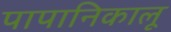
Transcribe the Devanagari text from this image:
पापानिकालू